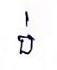
ប់